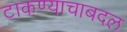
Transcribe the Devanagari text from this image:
टाकण्याचाबदल